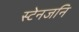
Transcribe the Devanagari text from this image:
स्टेनजनि